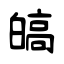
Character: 皜